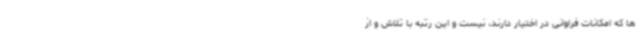
ها که امکانات فراوانی در اختیار دارند، نیست و این رتبه با تلاش و از